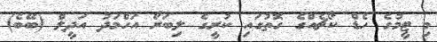
މި ޓީމުގެ ހެޑް ކޯޗެއްގެ ގޮތުގައި ކުރީގެ ލިބަރޯ އަހްމަދު އަދީލް (ބޭބެ)